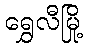
ရွှေလီမြို့